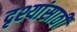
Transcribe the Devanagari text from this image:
दृश्यांसाठी